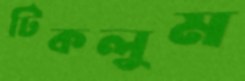
টিকলুম